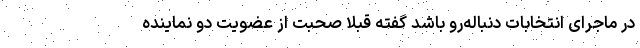
در ماجرای انتخابات دنباله‌رو باشد گفته قبلا صحبت از عضویت دو نماینده